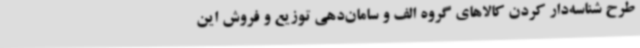
طرح شناسه‌دار کردن کالاهای گروه الف و سامان‌دهی توزیع و فروش این